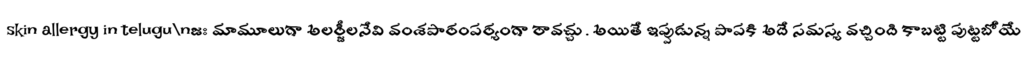
skin allergy in telugu\nజః మామూలుగా అలర్జీలనేవి వంశపారంపర్యంగా రావచ్చు. అయితే ఇప్పుడున్న పాపకి అదే సమస్య వచ్చింది కాబట్టి పుట్టబోయే